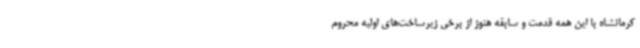
کرمانشاه با این همه قدمت و سابقه هنوز از برخی زیرساخت‌های اولیه محروم